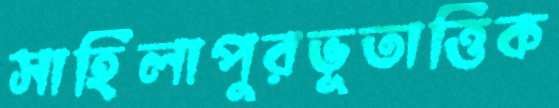
সাহিলাপুরভূতাত্তিক